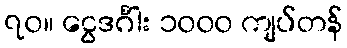
၇၀။ ငွေဒင်္ဂါး ၁၀၀၀ ကျပ်တန်